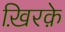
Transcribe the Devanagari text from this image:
ख़िरक़े